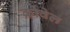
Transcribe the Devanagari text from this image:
क्रोवेल